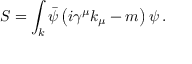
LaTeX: S = \int _ { k } { \bar { \psi } } \left( i \gamma ^ { \mu } k _ { \mu } - m \right) \psi \, .